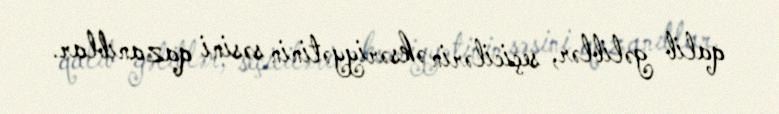
qalib gəliblər, seçicilərin əksəriyyətinin səsini qazanıblar.